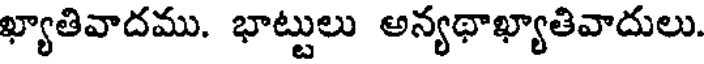
ఖ్యాతివాదము. భాట్టులు అన్యథాఖ్యాతివాదులు.